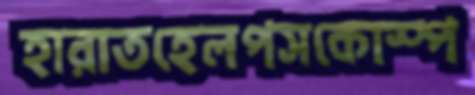
হারাতহেলপসকোস্প